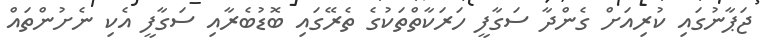
ޖަޕާނުގައި ކުރިއަށް ގެންދާ ސަގާފީ ހަރަކާތްތަކުގެ ތެރޭގައި ބޮޑުބެރާއި ސަގާފީ އެކި ނެށުންތައް